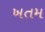
ખતમ